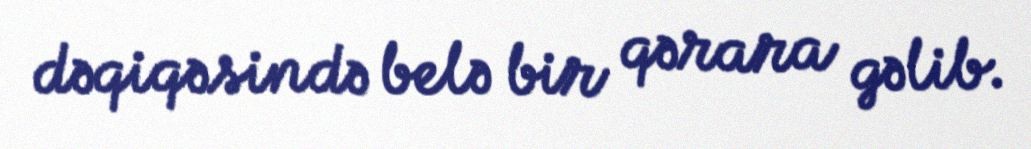
dəqiqəsində belə bir qərara gəlib.